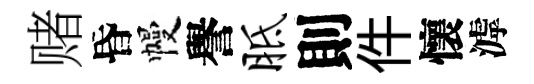
赌昏幔譽胝則件懷滹